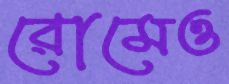
রোমেও